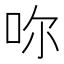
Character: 𠰚